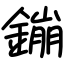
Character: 鏰